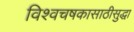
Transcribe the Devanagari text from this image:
विश्वचषकासाठीसुद्धा